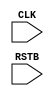
// This is basically a re-writing of the earlier file "ee457_lab7_P3.v" in RTL coding style
// Written by Gandhi Puvvada, Oct 12, 2010, Nov 21, 2010
// Here, we want to reduce unnecessary hierarchy. So we are not using the 
// components defined in ee457_lab7_components.v. Instead we are coding them inline. 
// Also, we could avoid coding the mux select lines separately, comparator outputs separately.
// These can be implicitly defined in the if..else.. statements.
// The code is shorter, easier to understand and maintain.
// This is the recommended style.

// This design supports SUB3, ADD4, ADD1, and MOV instructions.

`timescale 1 ns / 100 ps

module ee457_lab7_P3 (CLK,RSTB);
input CLK,RSTB;


// signals -- listed stagewise
// Signals such as PC_OUT were wires in ee457_lab7_P3.v.
// Here they are changed to "reg".

// IF stage signals
reg [7:0] PC_OUT;
reg [31:0] memory [0:63]; // instruction memory 64x32
wire [31:0] IF_INSTR_combinational;
reg [31:0] IF_INSTR;

// ID stage signals
// reg ID_XMEX1, ID_XMEX2; // Outputs of the comparison station in ID-stage. 
// The above line is commented out and the above two signals are declared 
// with in the named procedural block, "Main_Clocked_Block" later to show how to curtail visibility of local signals.

// Notice that we declared below two signals: a wire signal called STALL_combinational and a reg signal called STALL.
// We explained later why we have declared these two signals. 
reg STALL; // STALL_B, the opposite of STALL, is neither explicitly declared, nor produced explicitly. 
wire STALL_combinational; // Declared as wire, as we intend to produce it using a continuous assign statement (outside the procedural block). 
reg ID_MOV,ID_SUB3,ID_ADD4,ID_ADD1; // We did not declare ID_MOV_OUT,ID_SUB3_OUT,ID_ADD4_OUT,ID_ADD1_OUT as it is considered as "too much detailing".
reg [3:0] ID_XA,ID_RA; // 4-bit source register and write register IDs
reg [15:0] reg_file [0:15] ; // register file 16x16
reg [15:0] ID_XD; // Data at ID_XA
reg [31:0] ID_INSTR;

// EX1 stage signals
reg EX1_MOV,EX1_SUB3,EX1_ADD4,EX1_ADD1,EX1_XMEX1,EX1_XMEX2; 
wire PRIORITY_combinational; // This is used in a question in your lab.
reg PRIORITY,FORW1,SKIP1; // intermediate signals in EX1
reg [3:0] EX1_RA; // 4-bit write register ID
reg [15:0] EX1_XD,EX1_PRIO_XD,EX1_ADDER_IN,EX1_ADDER_OUT;
reg [31:0] EX1_INSTR;

// EX2 stage signals
reg EX2_MOV,EX2_SUB3,EX2_ADD4,EX2_ADD1,EX2_XMEX1; // These are registered signals (and or not intermediate signals).
reg FORW2, SKIP2; // intermediate signals in EX2
reg [3:0] EX2_RA; // 4-bit write register ID
reg [15:0] EX2_XD,EX2_ADDER_IN,EX2_ADDER_OUT,EX2_XD_OUT;
reg [31:0] EX2_INSTR;

// WB stage signals
reg WB_WRITE;
reg [3:0] WB_RA; // 4-bit write register ID
reg [15:0] WB_RD;
reg [15:0] WB_EX2_ADDER_IN;
reg [15:0] WB_EX2_ADDER_OUT;
reg WB_SKIP2;
reg [31:0] WB_INSTR;


assign IF_INSTR_combinational = memory[PC_OUT[5:0]]; // instruction is read from the instruction memory;
// The IF_INSTR_combinational is produced because Modelsim displays the IF_INSTR produced 
// by the blocking assignment in the clocked-always block 1-clock late in the waveform.

// usage of blocking and non-blocking assignments
// It is important to note where to use blocking assignments and where to use non-blocking
// assignments in coding in RTL style.
// Simple Golden Rule is that all registers should be updated/assigned using non-blocking
// assignments. However intermediate signals (note the word "intermediate") in the upstream 
// combinational logic (note the word "upstream") shall be assigned using blocking assignment
// because (i) you do not want to infer a register for these intermediate signals and
// (ii) you want these intermediate signals (or variables) to be updated immediately without
// any delta-T delay as you produced these with the intent of immediately consuming them.
// The STALL signal is one such signal here. We could avoid producing FORW1, FORW2, SKIP1 and SKIP2,
// explicitly and write long RHS (right-hand side) expressions. But we produced them for clarity 
// and they are produced using blocking assignments.
// The 16-bit data in EX2 stage goes through several intermediate steps:
// 		(i) 	Forwarding mux, X2_Mux
//		(ii)	Adder ADD4
//		(iii)	Skip mux, R2_Mux
// Please note that all the intermediate values of the 16-bit data are assigned using blocking assignments.

// Also notice that several signals in the declarative area starting from PC_OUT are changed from the 
// previous "wire" type (in structural coding in earlier part) to "reg" type now. 
// Previously they were outputs of register-components instantiated and they were driven continuously  
// by the instantiated components. Hence they were wires. 
// Now they are generated in an "always procedural block". Hence they are declared as "reg".

assign STALL_combinational = 	(ID_XA == EX1_RA) // if the ID stage instruction's source register matches with the EX1 stage instruction's destination register
								& // and further
								(ID_SUB3 | ID_ADD1) // if the instruction in ID is a kind of instruction who will insist on receiving help at the beginning of the clock in EX1 itself when he reaches EX1
								& // and further
								(EX1_ADD4 | EX1_ADD1) // if the instruction in EX1 is a kind of instruction who will can't help at the beginning of the clock when he is in EX2 as he is still producing his result
								; // then we need to stall the dependent instruction in ID stage.
								
// At the beginning of the "else // referring to else if posedge CLK" portion of the "clocked always procedural block"
// we produced STALL using blocking assignments and used it immediately to stall the PC and IF/ID registers.
// However, in the ModelSim waveform display, the STALL signal is displayed "after" the clock-edge at
// which it is supposed to take action, leading to possible confusion to a new reader (a novice) of 
// modelsim waveforms for designs expressed in Verilog.
// One can produce STALL_combinational as shown above and use it in place of the STALL below to stall the pipeline.
// Notice that the STALL_combinational waveform is easier to understand.
// Also notice the STALL (produced through blocked assignment) is initially unknown as it is not 
// initialized (and it is not necessary to initialize it) under reset (under "if (RSTB == 1'b0)").
// My recommendation: It is best not to display (in waveform) signals assigned using blocked assignments in a clocked always block.

assign PRIORITY_combinational = EX1_XMEX1 & (EX2_SUB3 | EX2_MOV); // This is used in a question in your lab.


//--------------------------------------------------
// always @(negedge CLK) // due to writing at negative edge, internal forwarding became automatic!
//   begin : RegFile_Block
// 	if (WB_WRITE)
// 	begin
// 	   reg_file[WB_RA] <= WB_RD;
// 	end
//   end
//--------------------------------------------------
always @(posedge CLK, negedge RSTB)

  begin : Main_Clocked_Block 	// Name the sequential block as in this example. Any name (an unique identifier) may be chosen.
								// Once you name a block as shown above, you can declare variables visible to this block only.
								// This is inline with the "variables declaration with in a process in VHDL". Those variables
								// are visible only inside that process.
 reg ID_XMEX1, ID_XMEX2; // Outputs of the comparison station in ID stage.
						 // These are intermediate signals in the ID-stage combinational logic.
						 // Intermediate signals generated inside a sequential procedural block are best declared in the block itself
						 // as shown here, so that they are not accessed by mistake from outside. Because if they are accessed from 
						 // outside this clocked procedural block, they will be treated as "registered" outputs (registered on the clock-edge)
						 // and the behavior would be different from what we would expect from our schematic-entry experience.
						 // Notice that we produced STALL_combinational outside this procedure and we used the expression "(ID_XA == EX1_RA)" correctly.
						 // We should not use the ID_XMEX1 intermediate variable generated here and we prevented such mistake by declaring ID_XMEX1 locally here.
						 // You may ask, how come then you used EX1_XMEX1, etc. generated here in producing PRIORITY_combinational outside!
						 // Well, since EX1_XMEX1, etc. are registered signals and are not intermediate signals, there will not be any change
						 // in the way they behave inside this procedural block or outside. This is important to understand.
  
	if (RSTB == 1'b0)
	
	  begin
	  
		// IF stage
		PC_OUT <= 8'h00;
		
		// ID Stage
		// Notice: ID_XD is not a physical register. So do not initalize it (no need to write "ID_XD <= 16'hXXXX;")
		//          and later do not assign to it using a non-blocking assignment.	
		// 			Similarly ID_XMEX1, ID_XMEX2, and STALL are not physical registers.	So no initialization for these also.	
		ID_XA <= 4'hX; 
		ID_RA <= 4'hX;
		ID_INSTR <= 32'h00000000; // we could put 32'hXXXXXXXX but, we want to report a NOP in TimeSpace.txt
		ID_MOV  <= 1'b0;
		ID_SUB3 <= 1'b0; 
		ID_ADD4 <= 1'b0; 
		ID_ADD1 <= 1'b0; 
		// please notice that the control signals (ID_MOV, etc.) are inactivated to make sure
		// that a BUBBLE occupies the stage during reset. When control signals
		// are turned to zero, data can be don't care. See "EX1_XD <= 16'hXXXX;" below.
		
		// EX1 Stage
		EX1_XD <= 16'hXXXX;
		EX1_RA <= 4'hX;
		EX1_INSTR <= 32'h00000000; // we could put 32'hXXXXXXXX but, we want to report a NOP in TimeSpace.txt
		EX1_MOV  <= 1'b0;
		EX1_SUB3 <= 1'b0; 
		EX1_ADD4 <= 1'b0; 
		EX1_ADD1 <= 1'b0; 
		EX1_XMEX1 <= 1'bX;
		EX1_XMEX2 <= 1'bX;
		
		// EX2 Stage
		EX2_XD <= 16'hXXXX;
		EX2_RA <= 4'hX;
		EX2_INSTR <= 32'h00000000; // we could put 32'hXXXXXXXX but, we want to report a NOP in TimeSpace.txt
		EX2_MOV  <= 1'b0;
		EX2_SUB3 <= 1'b0; 
		EX2_ADD4 <= 1'b0; 
		EX2_ADD1 <= 1'b0; 
		EX2_XMEX1 <= 1'bX;

		// WB Stage
		WB_RD <= 16'hXXXX;
		WB_INSTR <= 32'h00000000; // we could put 32'hXXXXXXXX but, we want to report a NOP in TimeSpace.txt
		WB_RA <= 4'hX;
		WB_WRITE <= 1'b0; // to see that a BUBBLE occupies the WB stage initially

	  end	
	  
	else // else if posedge CLK
	
	  begin
		// Please notice that we are producing the STALL signal
		// as an intermediate variable using blocking assignment
		// in the beginning of the else part of the statement, as
		// it is needed as an enable for the PC counter and the IF/ID stage register.
		
		// To produce STALL in ID stage, first we need to produce the outputs, ID_XMEX1 and ID_XMEX2, 
		// of the compare-station in ID stage using blocking assignments
		ID_XMEX1 = (ID_XA == EX1_RA);
		ID_XMEX2 = (ID_XA == EX2_RA); // This line can be shifted down (a little above the line producing EX1_XMEX2)
		STALL	 = 	(ID_XMEX1) // if the ID stage instruction's source register matches with the EX1 stage instruction's destination register
					& // and further
					(ID_SUB3 | ID_ADD1) // if the instruction in ID is a kind of instruction who will insist on receiving help at the beginning of the clock in EX1 itself when he reaches EX1
					& // and further
					(EX1_ADD4 | EX1_ADD1) // if the instruction in EX1 is a kind of instruction who will can't help at the beginning of the clock when he is in EX2 as he is still producing his result
					; // then we need to stall the dependent instruction in ID stage.
					// notice that we used the blocking assignment operator "=", and not the non-blocking assignment operator "<="
				
		if (~STALL) // if STALL is *not* true, the PC and the IF/ID registers may be updated.
		// Can we replace the above line with "if (~STALL_combinational)" ? YES!
		// But then, the STALL and the STALL_combinational, are quite different in the waveform.
		// True, but that is an artifact of RTL coding in HDL and the associated waveform display.
		// Please make sure you understand this point completely.
			begin

			// PC
			
				PC_OUT <= PC_OUT + 1;

			// IF stage logic and IF_ID stage register
				// IF stage logic
				IF_INSTR = memory[PC_OUT[5:0]]; // instruction is read from the instruction memory using blocking assignment
				// IF_ID stage register
				ID_XA <= IF_INSTR[3:0]; 
				ID_RA <= IF_INSTR[7:4];
				ID_MOV  <= IF_INSTR[31];
				ID_SUB3 <= IF_INSTR[30]; 
				ID_ADD4 <= IF_INSTR[29]; 
				ID_ADD1 <= IF_INSTR[28]; 
				ID_INSTR <= IF_INSTR; // carry the instruction for reverse assembling and displaying in Time-Space diagram
			end

		// The rest of the three stage registers ID/EX1, EX1/EX2, and EX2/WB are not controlled by the STALL signal.

		// ID stage logic and ID_EX1 stage register
			// ID stage logic
			ID_XD = reg_file[ID_XA]; // register content is read from the register file using blocking assignment
			// Note that the following line is commented out and is written at the beginning (just upstream of the STALL logic). 
			// ID_XMEX1 = (ID_XA == EX1_RA); // comparator in ID stage, notice the blocking assignment				
			// ID/EX1 stage register
			EX1_XD <= ID_XD;
			EX1_RA <= ID_RA;
			// We did not produce first ID_MOV_OUT,ID_SUB3_OUT,ID_ADD4_OUT,ID_ADD1_OUT as it is considered too much detailing!
			// ID_MOV_OUT = (~STALL) & ID_MOV;
			// EX1_MOV <=  ID_MOV_OUT; 
			// Instead of the above two lines, we have the following line.
			EX1_MOV <=  (~STALL) & ID_MOV;
			EX1_SUB3 <= (~STALL) & ID_SUB3; 
			EX1_ADD4 <= (~STALL) & ID_ADD4;
			EX1_ADD1 <= (~STALL) & ID_ADD1;
			EX1_XMEX1 <= ID_XMEX1;
			EX1_XMEX2 <= ID_XMEX2;
			if (STALL)
				EX1_INSTR <= {24'h0FFFFF,ID_INSTR[7:0]}; // carry a bubble into EX1 for reverse assembling and displaying in Time-Space diagram
				// Notice that, if the EX1_INSTR[31:8] is loaded with 24'h0FFFFF, the reverse assembler reports a "BUBBLE" (to distinguish from a NOP)
			else
				EX1_INSTR <= ID_INSTR; // carry the instruction for reverse assembling and displaying in Time-Space diagram

		// ************* Read and understand the important note below *********************
		
		// Notice that we coded EX2 stage logic first and then the EX1 stage logic.
		// There is an important observation to make. Since a MOV instruction in EX2 can help a dependent instruction in EX1, 
		// and probably the MOV instruction in EX2 itself is dependent on the instruction in WB, it is necessary for the
		// MOV instruction to receive help from WB first before it helps the instruction in EX1.
		// Hence, by coding the EX2 logic first, we are making sure that what we are forwarding to EX1 is already updated 
		// in the current clock.
		
		// So, are you saying that if no MOV instruction in EX2 is dependent on the instruction in WB, then we can code 
		// the EX2 logic after EX1 logic, and can still expect the MOV in EX2 to help the dependent instruction in EX1?
		// What about SUB3 in EX2 trying to help a dependent instruction in EX1? Does this require any ordering of 
		// coding of one stage logic before coding another stage logic? Is it really necessary to code one stage logic  
		// completely and then start coding the next stage logic or is it done just to improve readability?
		// May we consider all registers together constituting one big state memory (we call it SM when we discuss state
		// machines) and all combinational logics upstream of these registers (feeding data/control bits into these registers)
		// as one big next-state logic (NSL)? If so, may we code all the NSL first and then the SM next? Further may we 
		// recommend that care should be taken in ordering the statements in coding the NSL (of course using blocking assignments) 
		// to see that we do *not* consume a variable before producing it? In other words, we are saying that we need to first  
		// produce X2_Mux output (in EX2 stage logic) before forwarding it to the priority mux in EX1 stage. Similarly, we need
		// to first produce the priority mux output before sending it to the X1_mux (and code X1_mux output before sending it to 
		// SUB3, and so on). 
		// Then, what about coding the EX1/EX2 stage register before coding the X2_mux? Are we in a "catch-22" situation? 
		// It looks like a "catch-22" situation because, to code EX1/EX2 stage register, we need first the SKIP1 mux output,
		// which in-turn is dependent on X1_Mux output and so on. Fortunately that is not the case. All physical registers
		// (such as EX1/EX2 stage register) are coded (and should be coded) using non-blocking assignment. They all get updated 
		// together in one stroke after a delta-T after the clock edge. Before the clock-edge, the NSL produces and keeps ready
		// the data and/or the control bits need to go into these registers.
		
		// Conclusions (fill-in the blanks): 
		// Code ____NSL___ (SM/NSL) first and then ____SM____ (SM/NSL).
		// Order of coding statements with-in the NSL: 
		// You are basically coding combinational logic. 
		// So, ____produce_____ (produce/consume) an intermediate variable and then ____consume___ (produce/consume) it! 
		// Not the other way around!
		// Order of coding statements with-in the SM: 
		// Since state memory registers are (and should be) coded using ___non-blocking______ (blocking/non-blocking) assignments, 
		// it __does not______ (does / does not) matter in which order they are coded among themselves.
		// In a right-shift register, say QA is the left-most bit, QB is the middle bit, and QC is the right-most bit.
		// The following three statements _____________can be written in any order______________________ 
		// (can be written in any order / should be written in the order shown below).
		// QA <= Serial_In;
		// QB <= QA;
		// QC <= QB;
		
		// ************* Read and understand the important note above *********************
		
		// WB stage
			// WB stage logic
		if(WB_SKIP2)
			WB_RD = WB_EX2_ADDER_IN;
		else 
			WB_RD = WB_EX2_ADDER_OUT;

			// WB stage write back to register file
		if (WB_WRITE)
			reg_file[WB_RA] <= WB_RD;




		// EX2 stage logic and EX2_WB stage register
			// EX2 stage logic
			FORW2 = EX2_XMEX1 & (EX2_ADD4 | EX2_MOV) & WB_WRITE;
			if (FORW2)
				EX2_ADDER_IN = WB_RD;
			else
				EX2_ADDER_IN = EX2_XD;
			EX2_ADDER_OUT = EX2_ADDER_IN + (+4); // Add 4
			SKIP2 = ~(EX2_ADD1 | EX2_ADD4);
			// EX2_WB stage register
			WB_EX2_ADDER_IN <= EX2_ADDER_IN;
			WB_EX2_ADDER_OUT <= EX2_ADDER_OUT;
			WB_SKIP2 <= SKIP2;
			WB_RA <= EX2_RA;
			WB_WRITE <= EX2_MOV | EX2_SUB3 | EX2_ADD4 | EX2_ADD1;	
			WB_INSTR <= EX2_INSTR; // carry the instruction for reverse assembling and displaying in Time-Space diagram

		// EX1 stage logic and EX1_EX2 stage register
			// EX1 stage logic
			PRIORITY = EX1_XMEX1 & (EX2_SUB3 | EX2_MOV); // Note the blocking assignment operator "="
			FORW1 =  ((EX1_XMEX1 & (EX2_SUB3 | EX2_MOV)) | (EX1_XMEX2 & WB_WRITE) ); // Note the blocking assignment operator "="
			EX1_PRIO_XD = PRIORITY ? EX2_ADDER_IN : WB_RD;  // to support MOV instruction, it is EX2_ADDER_IN (and not EX2_XD)
			if (FORW1 == 1)
				EX1_ADDER_IN = EX1_PRIO_XD; // notice the blocking assignment
			else
				EX1_ADDER_IN = EX1_XD; // notice the blocking assignment
			EX1_ADDER_OUT = EX1_ADDER_IN + (-3); // Subtract 3 // notice the blocking assignment
			SKIP1 = (~(EX1_SUB3 | EX1_ADD1)); // notice the blocking assignment
			if (SKIP1 == 1)
				EX2_XD <= EX1_ADDER_IN; // notice the non-blocking assignment
			else
				EX2_XD <= EX1_ADDER_OUT; // notice the non-blocking assignment
				
			EX2_MOV <=  EX1_MOV;
			EX2_SUB3 <= EX1_SUB3; 
			EX2_ADD4 <= EX1_ADD4;
			EX2_ADD1 <= EX1_ADD1;
			EX2_RA   <= EX1_RA;
			EX2_XMEX1 <= EX1_XMEX1;
			EX2_INSTR <= EX1_INSTR; // carry the instruction for reverse assembling and displaying in Time-Space diagram
			

	  end
  
  end

//--------------------------------------------------
endmodule